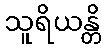
သူရိယန္တိ